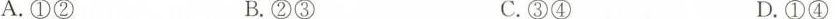
A.①② B.②③ C.③④ D.①④